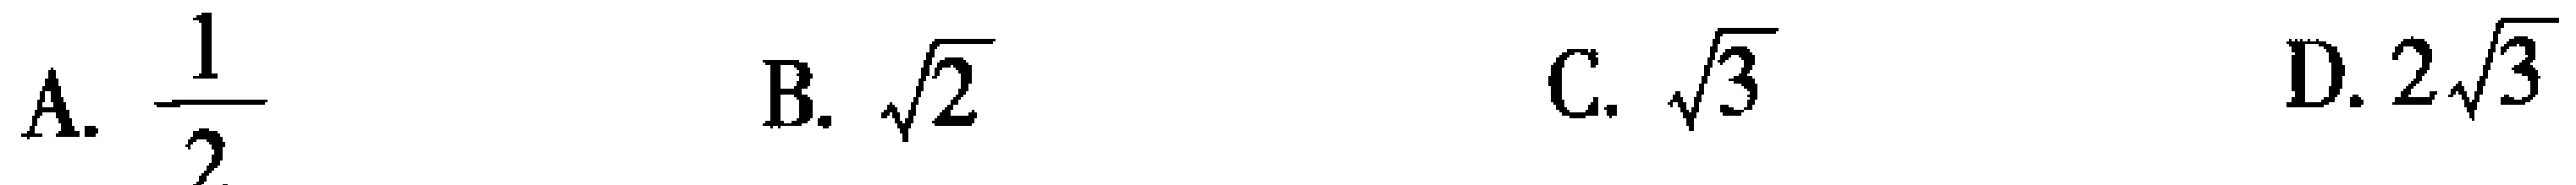
A. $\frac{1}{2}$  B. $\sqrt{2}$  C. $\sqrt{3}$  D. $2\sqrt{3}$